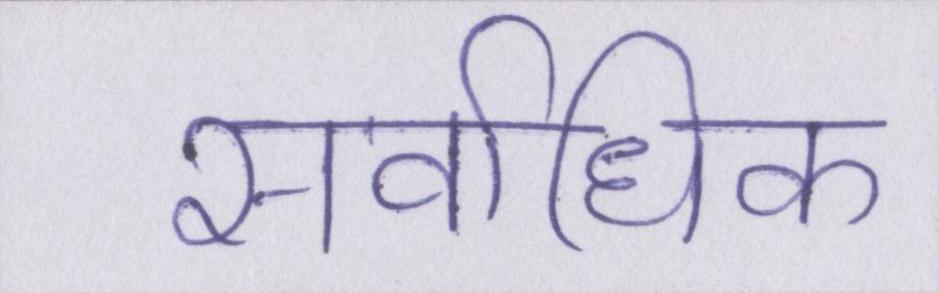
सर्वाधिक